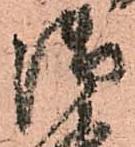
御